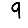
Digit: 9